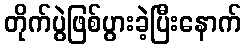
တိုက်ပွဲဖြစ်ပွားခဲ့ပြီးနောက်